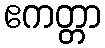
ဧကတ္တာ